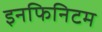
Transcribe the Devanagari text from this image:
इनफिनिटम